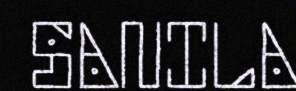
SANILA